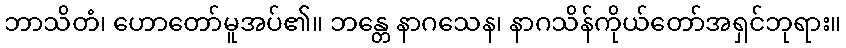
ဘာသိတံ၊ ဟောတော်မူအပ်၏။ ဘန္တေ နာဂသေန၊ နာဂသိန်ကိုယ်တော်အရှင်ဘုရား။